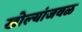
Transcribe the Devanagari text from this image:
खोल्यांजवळ